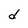
Character: d